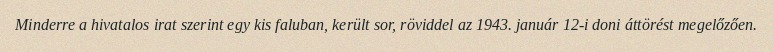
Minderre a hivatalos irat szerint egy kis faluban, került sor, röviddel az 1943. január 12-i doni áttörést megelőzően.